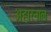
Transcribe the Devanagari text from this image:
अहारनाल